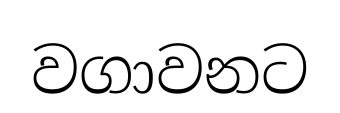
වගාවනට